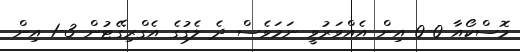
މޮސްކޯއާ 0-0 އިން އެއްވަރުވީ ނަމަވެސް ދެ ލެގުގެ އެގްރިގޭޓުން 3-1 އިން